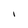
Character: i